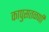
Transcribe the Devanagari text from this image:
कापुसतळणी